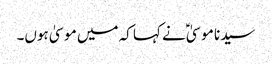
سیدنا موسیٰؑ نے کہا کہ میں موسیٰ ہوں۔